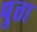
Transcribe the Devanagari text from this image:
पुत्ता